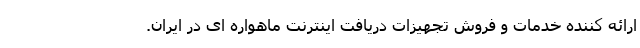
ارائه کننده خدمات و فروش تجهیزات دریافت اینترنت ماهواره ای در ایران.